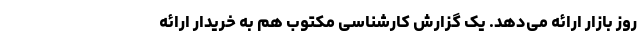
روز بازار ارائه می‌دهد. یک گزارش کارشناسی مکتوب هم به خریدار ارائه